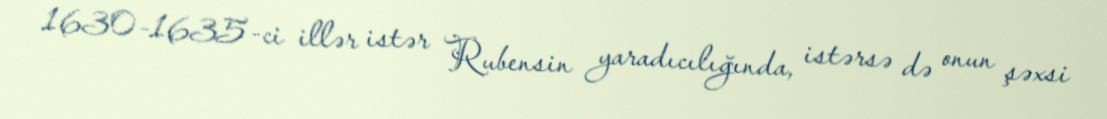
1630–1635-ci illər istər Rubensin yaradıcılığında, istərsə də onun şəxsi